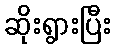
ဆိုးရွားပြီး